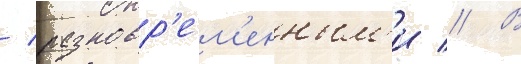
/ разновр'ем'енным'и // В